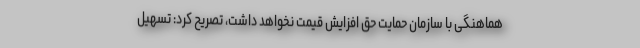
هماهنگی با سازمان حمایت حق افزایش قیمت نخواهد داشت، تصریح کرد: تسهیل